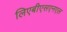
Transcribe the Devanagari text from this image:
लिएबीएसएनएल